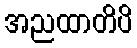
အညထာတိပိ